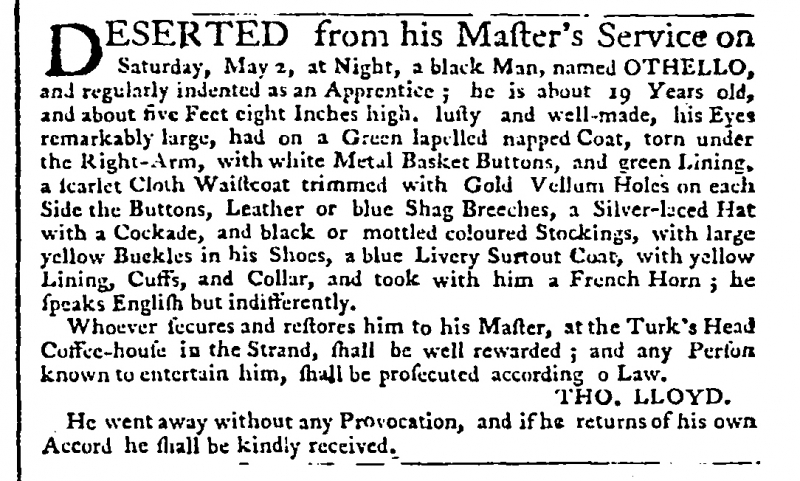
Public Advertiser, 4 May 1761 (England)
DESERTED from his Master’s Service on Saturday, May 2, at Night, a black Man, named OTHELLO, and regularly indented as an Apprentice; he is about 19 Years old, and about five Feet eight Inches high, lusty and well-made, his Eyes remarkably large, had on a Green lapelled napped Coat, torn under the Right-Arm, with white Metal Basket Buttons, and green Lining, a scarlet Cloth Waistcoat trimmed with Gold Vellum Holes on each Side the Buttons, Leather or blue Shag Breeches, a Silver-laced Hat with a Cockade, and black or mottled coloured Stockings, with large yellow Buckles in his Shoes, a blue Livery Surtout Coat, with yellow Lining, Cuffs, and Collar, and took with him a French Horn; he speaks English but indifferently.   Whoever secures him and restores him to his Master, at Turk’s Head Coffee-house in the Strand, shall be well rewarded; and any Person known to entertain him, shall be prosecuted according to Law.                                                      THO. LLOYD.   He went away without any Provocation, and if he returns of his own Accord he shall be kindly received.